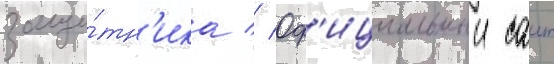
защи́тн'ика // Оф'ициальныи саит